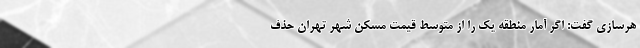
هرسازی گفت: اگر آمار منطقه یک را از متوسط قیمت مسکن شهر تهران حذف